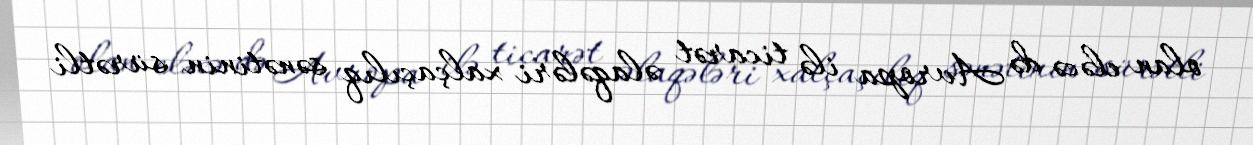
olan eləcə də Avropa ilə ticarət əlaqələri xalçaçılıq sənətinin sürətli